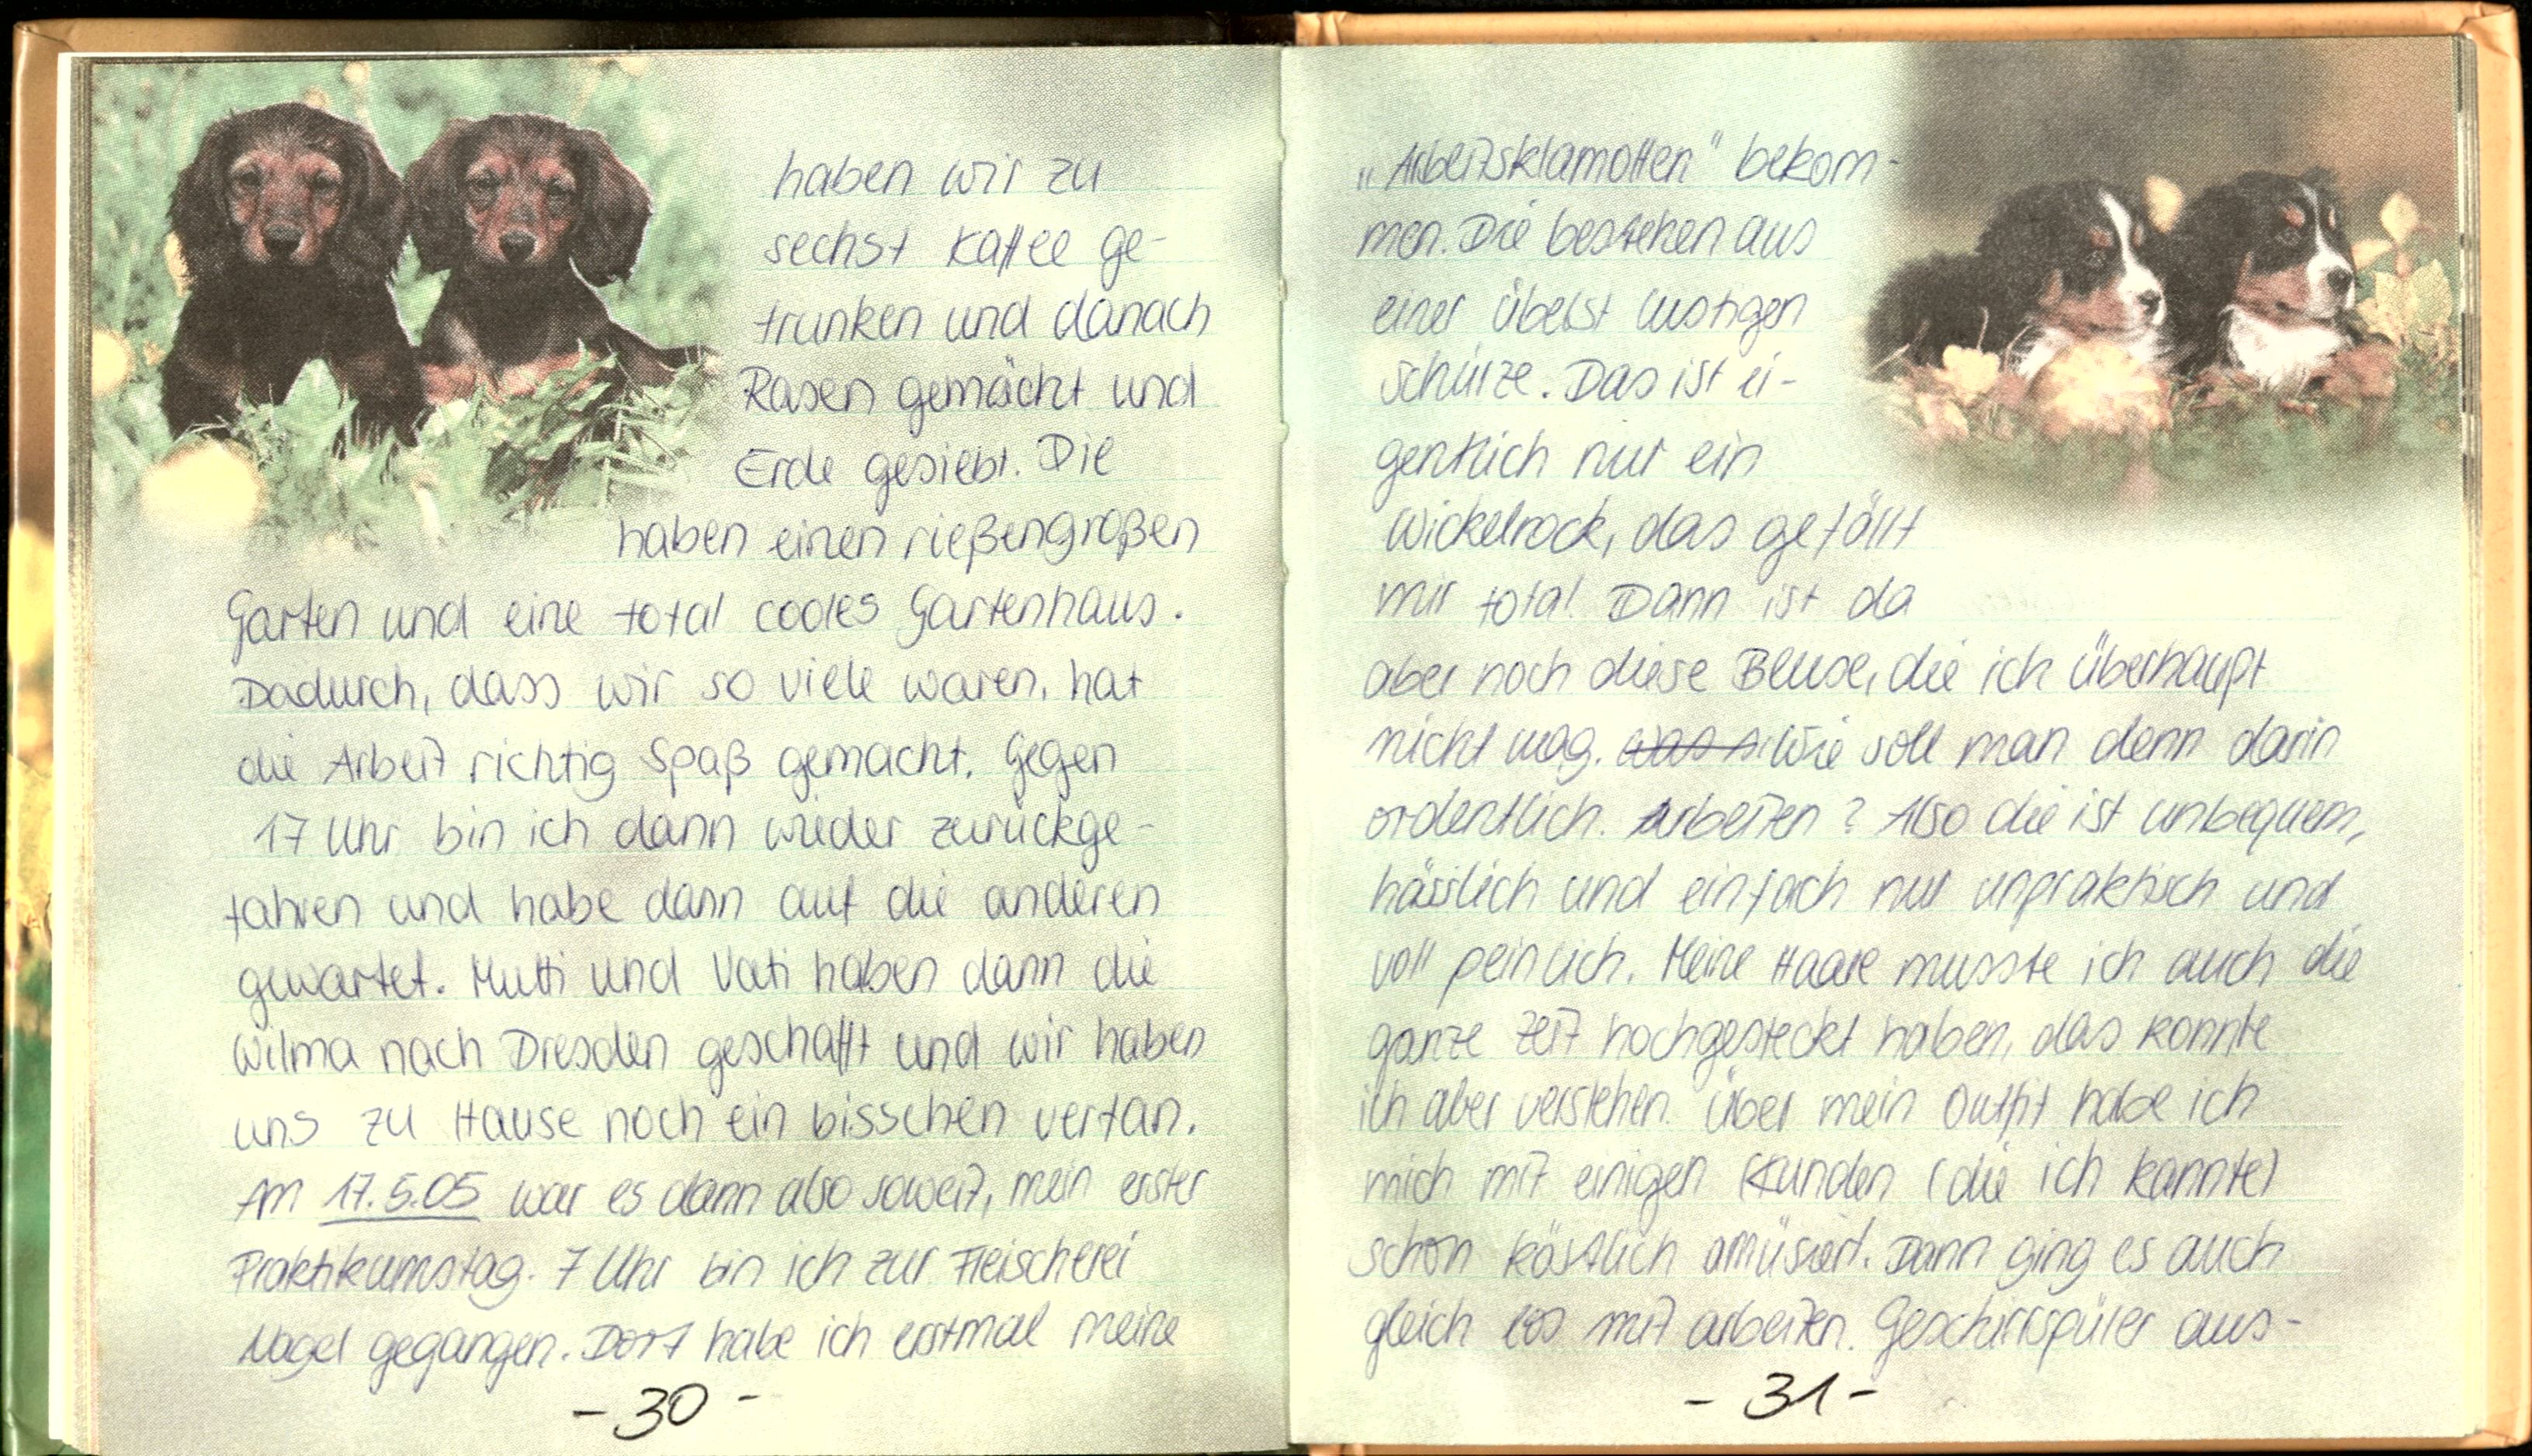
haben wir zu
sechst Kaffee ge-
trunken und danach
Rasen gemäht und
Erde gesiebt. Die
haben einen rießengroßen
Garten und eine total cooles Gartenhaus.
Dadurch, dass wir so viele waren, hat
die Arbeit richtig Spaß gemacht. Gegen
17 Uhr bin ich dann wieder zurückge-
fahren und habe dann auf die anderen
gewartet. Mutti und Vati haben dann die
Wilma nach Dresden geschafft und wir haben
uns zu Hause noch ein bisschen vertan.
Am 17.5.05 war es dann also soweit, mein erster
Praktikumstag. 7 Uhr bin ich zur Fleischerei
Nagel gegangen. Dort habe ich erstmal meine

„Arbeitsklamotten" bekom-
men. Die bestehen aus
einer übelst lustigen
Schürze. Das ist ei-
gentlch nur ein
Wickelrock, das gefällt
mir total. Dann ist da
aber noch diese Bluse, die ich überhaupt
nicht mag. Wie soll man denn darin
ordentlich arbeiten? Also die ist unbequem,
hässlich und einfach nur unpraktisch und
voll peinlich. Meine Haare musste ich auch die
ganze Zeit hochgesteckt haben, das konnte
ich aber verstehen. Über mein Outfit habe ich
mich mit einigen Kunden (die ich kannte)
schon köstlich amüsiert. Dann ging es auch
gleich los mit arbeiten. Geschirrspüler aus-